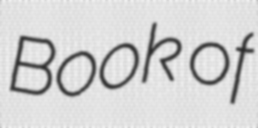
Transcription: Book of